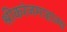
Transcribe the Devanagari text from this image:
श्रीकरंजमाहात्म्य